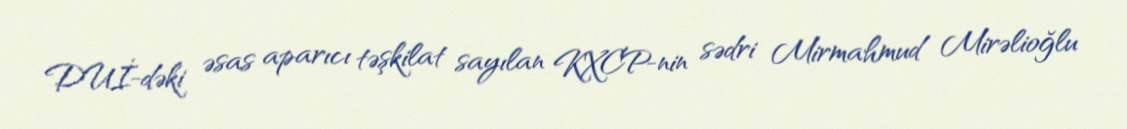
DUİ-dəki əsas aparıcı təşkilat sayılan KXCP-nin sədri Mirmahmud Mirəlioğlu